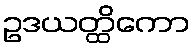
ဥဒယတ္ထိကော